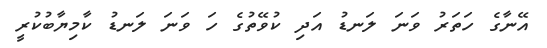
އޭނާގެ ހަތަރު ވަނަ ލަނޑު އަދި ކުވޭތުގެ ހަ ވަނަ ލަނޑު ކާމިޔާބުކުރީ